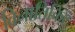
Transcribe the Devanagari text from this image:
विनातिकिट